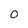
Character: 0